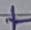
Text: +